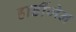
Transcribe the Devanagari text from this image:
हार्डीजेन